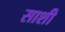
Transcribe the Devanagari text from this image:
साशी